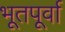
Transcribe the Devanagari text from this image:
भूतपूर्वा